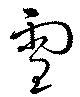
雪